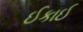
ઈકાઈ